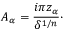
{ \cal A } _ { \alpha } = { \frac { i \pi z _ { \alpha } } { \delta ^ { 1 / n } } } \cdotp